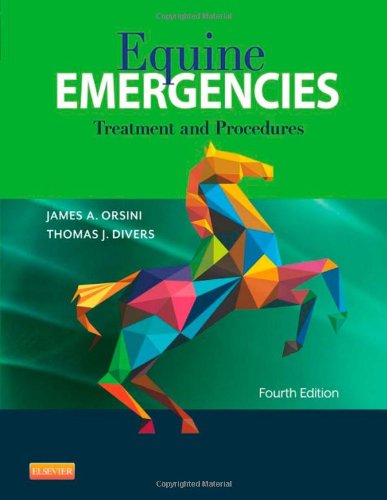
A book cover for Equine Emergencies: Treatment and Procedures, 4e; Medical Books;